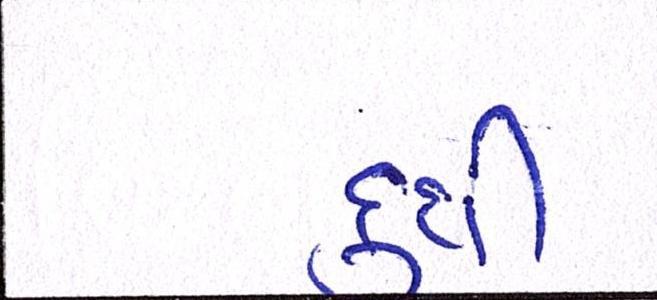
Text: દૂધી